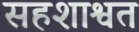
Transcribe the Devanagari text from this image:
सहशाश्वत